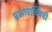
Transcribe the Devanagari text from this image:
प्रभावाविषयी